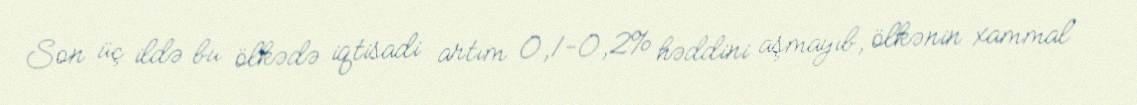
Son üç ildə bu ölkədə iqtisadi artım 0,1-0,2% həddini aşmayıb, ölkənin xammal